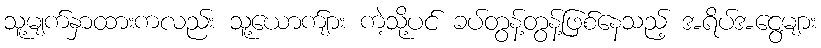
သူ့မျက်နှာထားကလည်း သူ့ယောက်ျား ကဲ့သို့ပင် ခပ်တွန့်တွန့်ဖြစ်နေသည့် အရိပ်အငွေ့များ